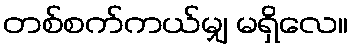
တစ်စက်ကယ်မျှ မရှိလေ။